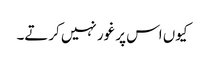
کیوں اس پر غور نہیں کرتے۔